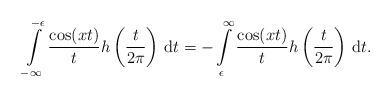
LaTeX: \begin{align*}\int\limits_{-\infty}^{-\epsilon}\frac{\cos(xt)}{t} h\left(\frac{t}{2\pi}\right)\,\mathrm{d}t =-\int\limits_{\epsilon}^{\infty}\frac{\cos(xt)}{t} h\left(\frac{t}{2\pi}\right)\,\mathrm{d}t .\end{align*}